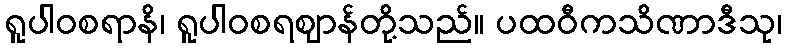
ရူပါဝစရာနိ၊ ရူပါဝစရဈာန်တို့သည်။ ပထဝီကသိဏာဒီသု၊